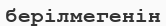
берілмегенін